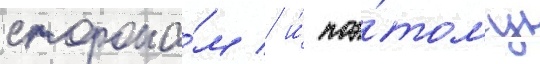
сторона́м / и́ поэ́тому